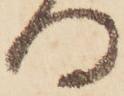
向